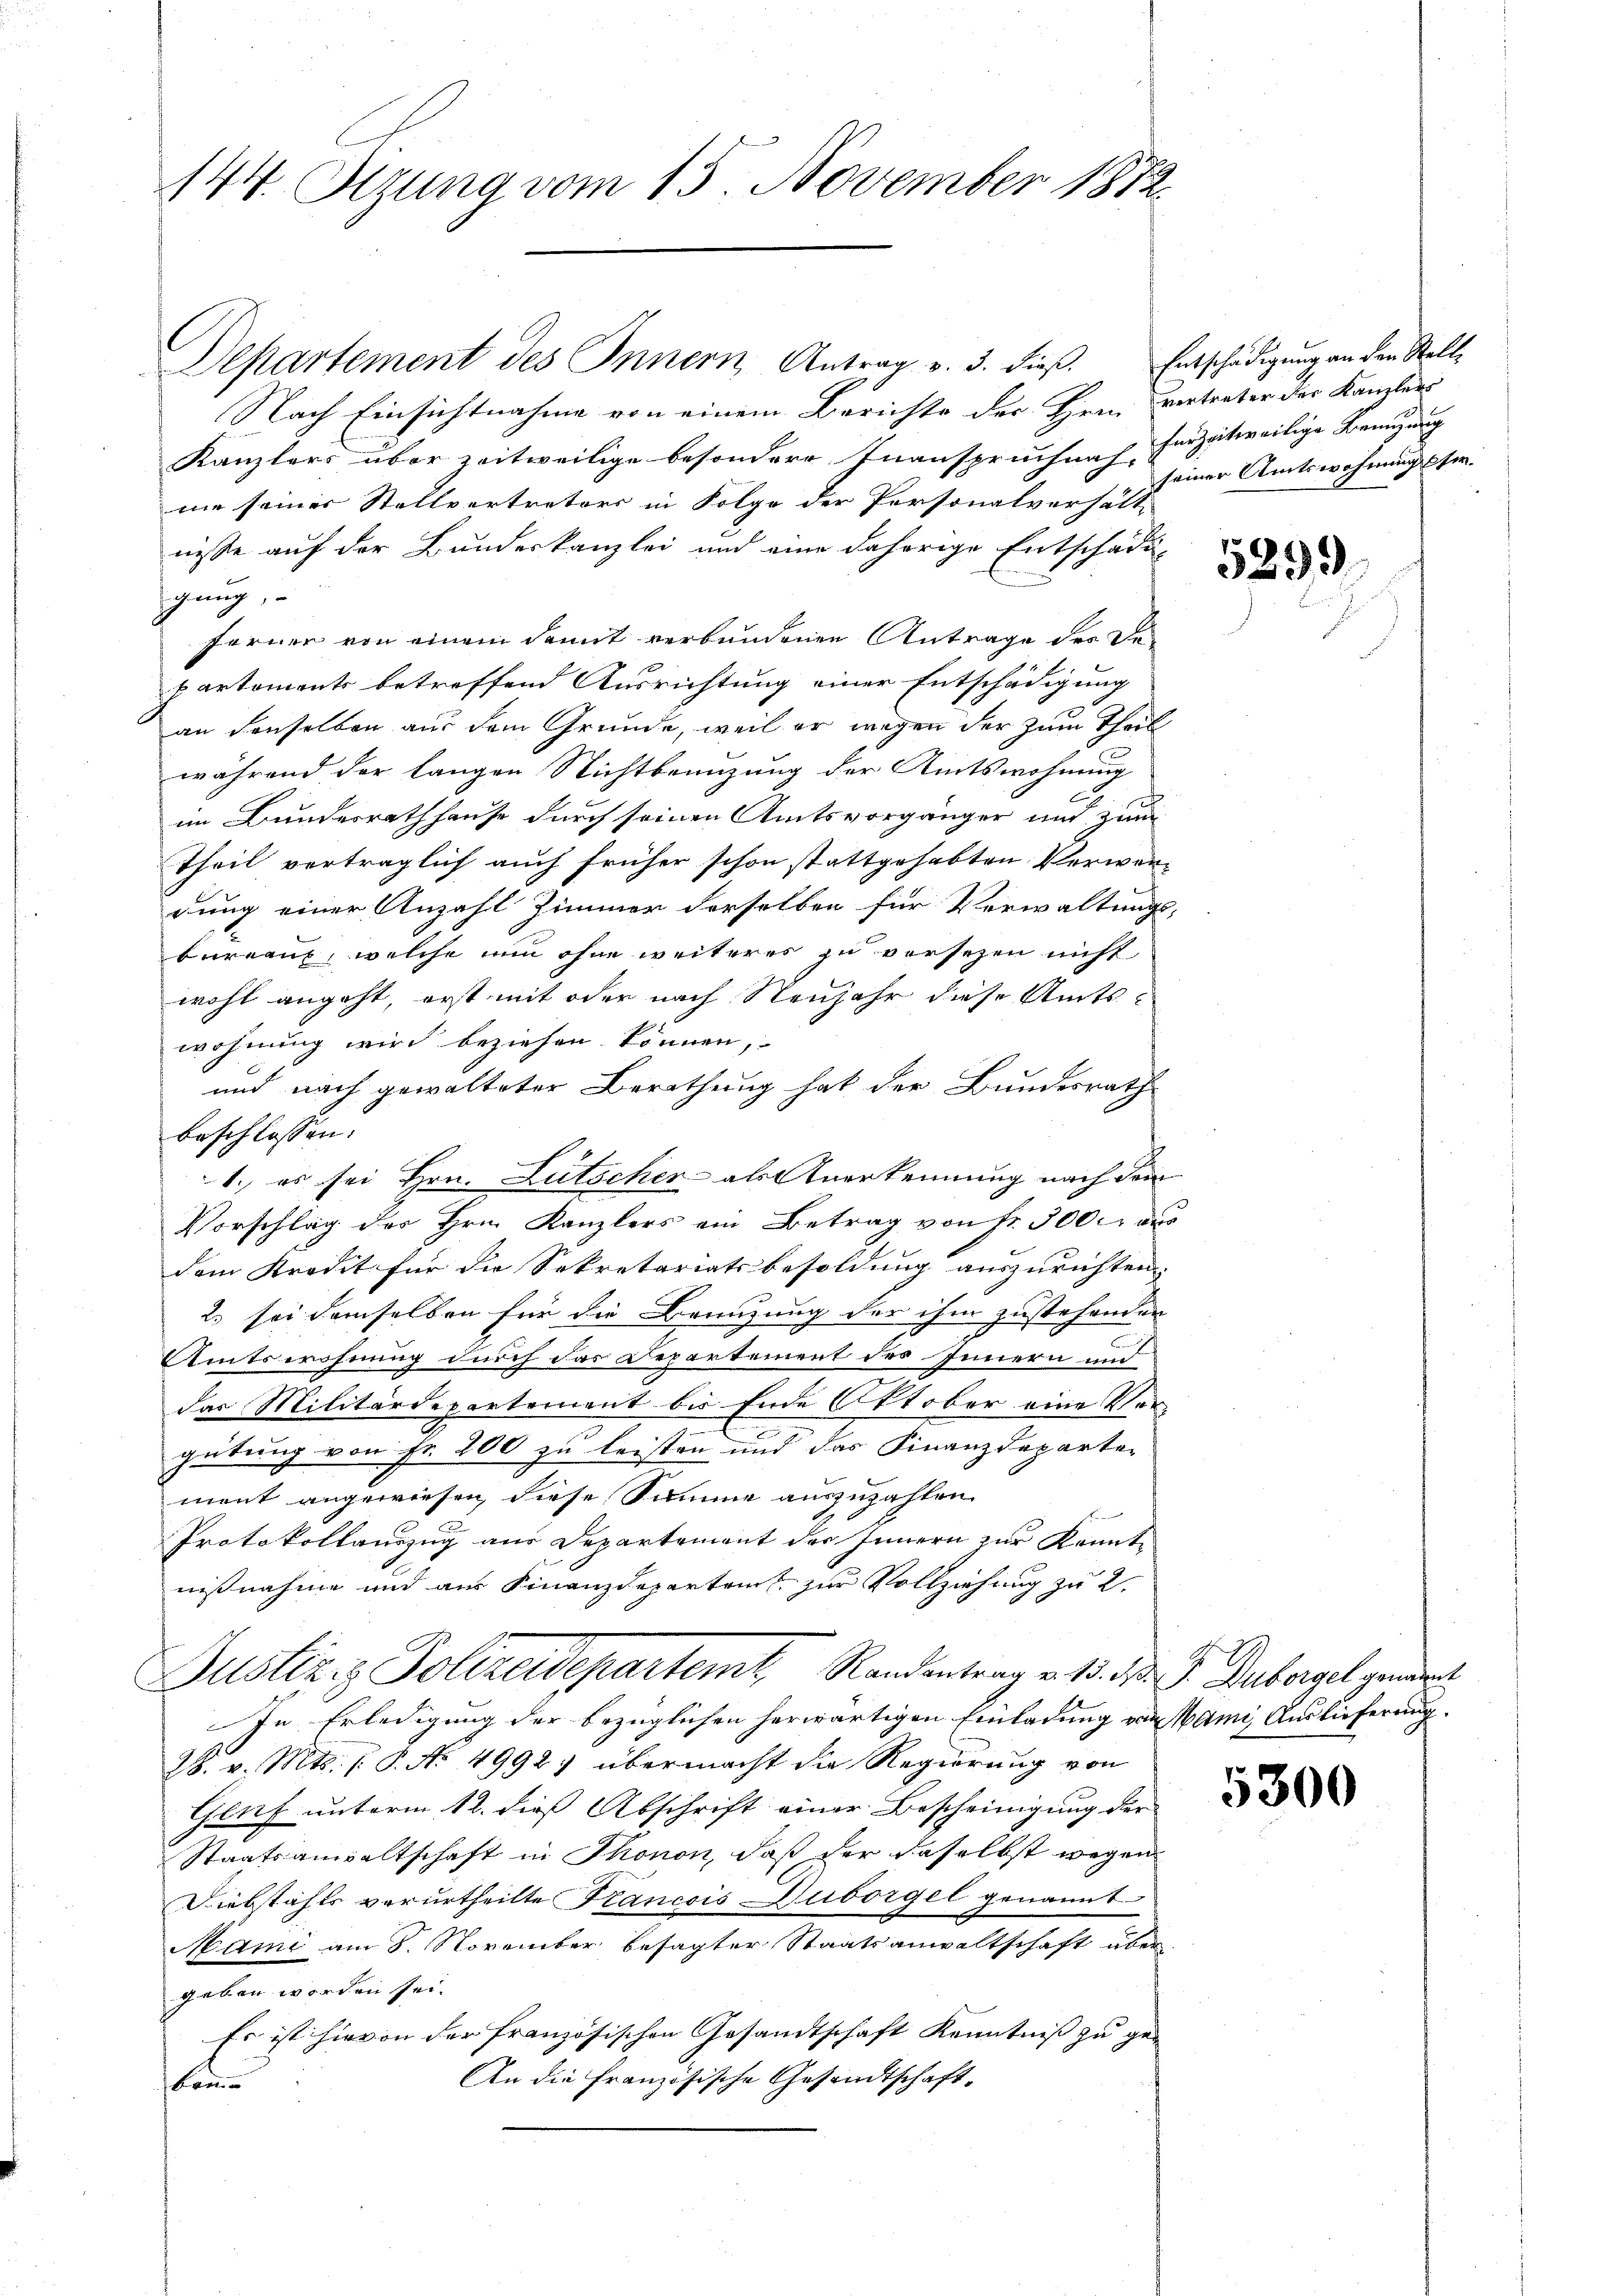
144. Sizung vom 15. November 1872.

Departement des Innern, Antrag v. 3. dieβ. Entschädigung an der Stelle
Nach Einsichtnahme von einem Berichte der Hern vertreter der Kanzlers
Kanzlers über zeitweilige besondere Inanspruchnach Herzeitweilige Benutzung
me seiner Stellvertreters in Folge der Personalverhält-
nisse auf der Bundeskanzlei und eine daherige Entschädig
gung,
Ferner von einem damit verbundenen Antrage der Departements betreffend Ausrichtung einer Entschädigung
an denselben aus dem Grunde, weil er wegen der zum Theil
während der langen Nichtbenuzung der Amtswohnung
im Bundesrath hause durch seinen Amtsvorgänger und zum
Theil vertraglich auch früher schon stattgehabten Verwendung einer Anzahl Zimmer derselben für Verwaltungs-
bureaux, welche nun ohne weiteres zu versezen nicht
wohl angeht, erst mit oder nach Neujahr diese Amtswohnung wird beziehen können,
und nach gewalteter Berathung hat der Bundesrath
beschlossen:
1. es sei Hrn. Lutscher - als Anerkennung nach dem
Vorschlag des Hrn. Kanzlers ein Betrag von Fr. 3000 aus
dem Kredit für die Sekretariatsbesoldung auszurichten.
2. sei demselben für die Brenzung der ihm zustehenden
Amtswohnung durch das Departement des Innern und
das Militärdepartement bis Ende Oktober eine Vergütung von Fr. 200 zu leisten und das Finanzdeparte-
ment angewiesen, diese Summe auszuzahlen.
Protokollauszug aus Departement des Innern zur Kenntnißnahme und aus Finanzdeparteit zur Vollziehung zu 2.
Justiziz Polizeidepartemt, Randentrag v. 1. d. J. Hubergel genant
In Erledigung der bezüglichen herwärtigen Einladung von Mami, Auslieferung.
28. v. Mts. P. Nr. 4992 übermacht die Regierung von
Genf unterm 12. dieß Abschrift einer Bescheinigung der
Staatsanwaltschaft in Thonon, daß der daselbst wegen
Diebstahls verurtheilte Francois Duborgel genannt
Mami am 8. November besagter Staatsanwaltschaft über
geben worden sei.
Es ist hievon der französischen Gesandtschaft Kenntniß zu ge¬
An die Französische Gesandtschaftkane

seiner Amtswohnungser

5299

5300